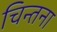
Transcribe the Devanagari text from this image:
चिन्तना